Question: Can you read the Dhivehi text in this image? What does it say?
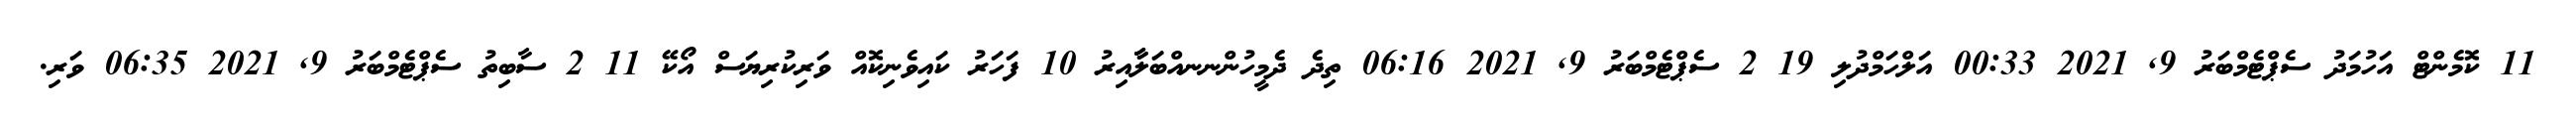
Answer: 11 ކޮމެންޓް އަހުމަދު ސެޕްޓެމްބަރު 9, 2021 00:33 އަލްހަމްދުލި 19 2 ސެޕްޓެމްބަރު 9, 2021 06:16 ތިދެ ދެމީހުންނނއްބަލާާއިރު 10 ފަހަރު ކައިވެނިކޮއް ވަރިކުރިޔަސް އޯކޭ 11 2 ސާބިތު ސެޕްޓެމްބަރު 9, 2021 06:35 ވަރި.